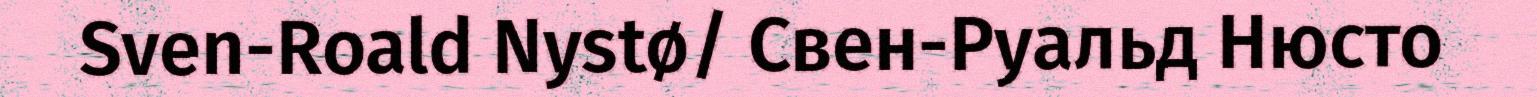
Sven-Roald Nystø/ Свен-Руальд Нюсто